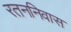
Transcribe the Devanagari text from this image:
रतननिवास